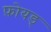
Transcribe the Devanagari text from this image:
फ़ोयड्